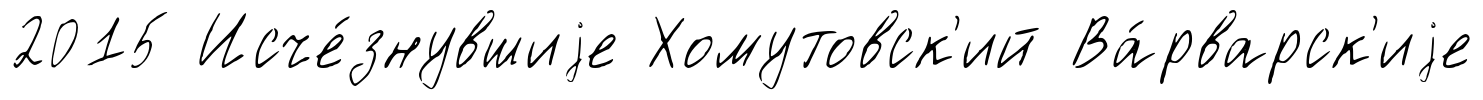
2015 Исче́знувшиjе Хомутовск'ий Ва́рварск'иjе